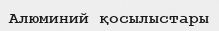
Алюминий қосылыстары